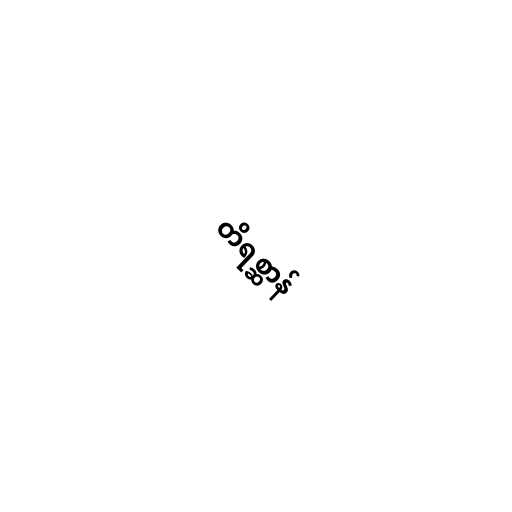
တိရစ္ဆာန်